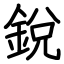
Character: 銳